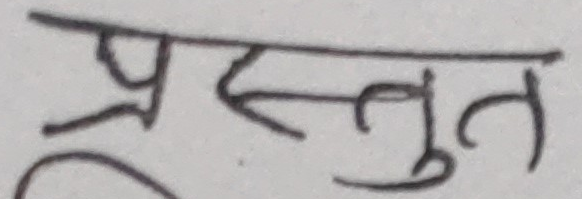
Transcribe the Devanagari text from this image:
प्रस्तुत